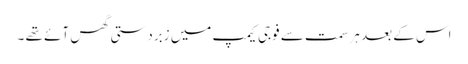
اس کے بعد ہر سمت سے فوجی کیمپ میں زبردستی گھس آئے تھے ۔